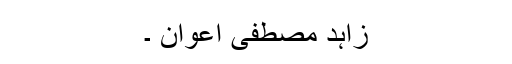
زاہد مصطفی اعوان ۔